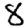
Digit: 8